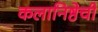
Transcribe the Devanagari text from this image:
कलानिष्ठेची